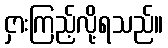
ငှားကြည့်လို့ရသည်။